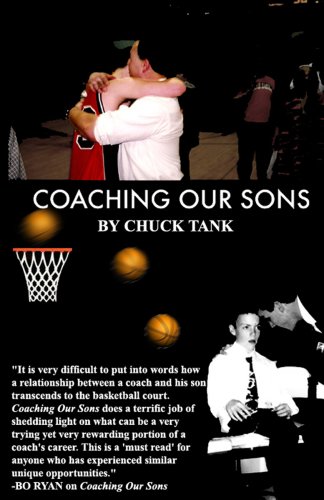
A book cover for Coaching Our Sons; Charles Tank; Sports & Outdoors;